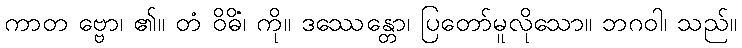
ကာတ ဗ္ဗော၊ ၏။ တံ ဝိဓိံ၊ ကို။ ဒဿေန္တော၊ ပြတော်မူလိုသော။ ဘဂဝါ၊ သည်။